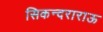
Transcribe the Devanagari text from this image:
सिकन्दराराऊ